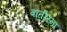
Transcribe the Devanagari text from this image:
बातीस्ना